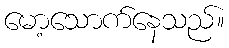
မော့သောက်နေသည်။